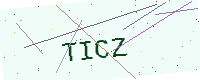
Text: TICZ